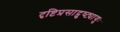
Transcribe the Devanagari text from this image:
दृष्टिप्रसाद्पुष्ट्यायुः